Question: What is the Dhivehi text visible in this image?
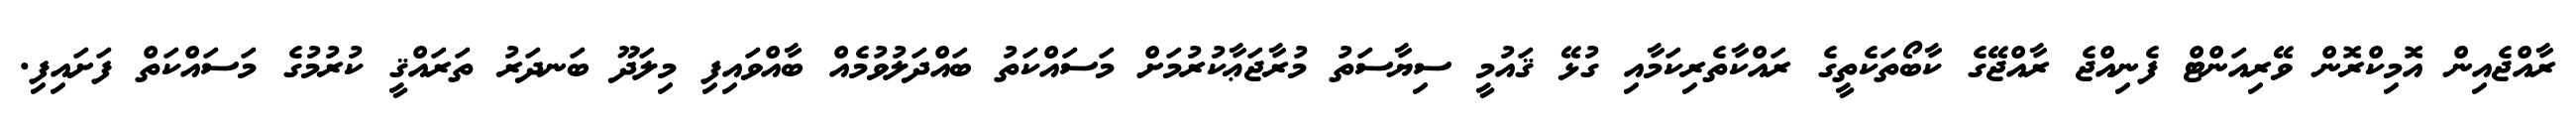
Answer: ރާއްޖެއިން އޮމިކްރޮން ވޭރިއަންޓް ފެނިއްޖެ ރާއްޖޭގެ ކާބޯތަކެތީގެ ރައްކާތެރިކަމާއި ގުޅޭ ޤައުމީ ސިޔާސަތު މުރާޖަޢާކުރުމަށް މަސައްކަތު ބައްދަލުވުމެއް ބާއްވައިފި މިލަދޫ ބަނދަރު ތަރައްޤީ ކުރުމުގެ މަސައްކަތް ފަށައިފި.